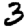
Digit: 3